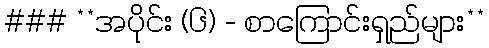
### **အပိုင်း (၆) - စာကြောင်းရှည်များ**